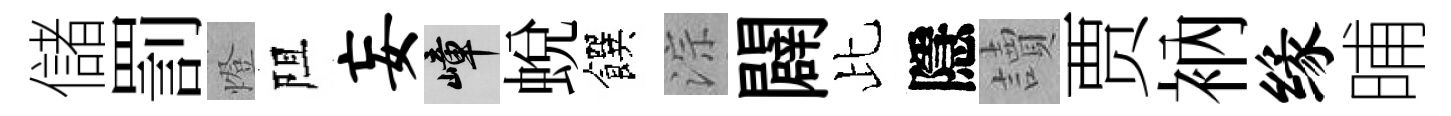
儲罰燈阻妄嶂蛻饌淙闢比隱讀贾衲缘晡